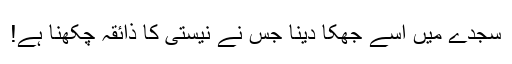
سجدے میں اُسے جھکا دینا جس نے نیستی کا ذائقہ چکھنا ہے!